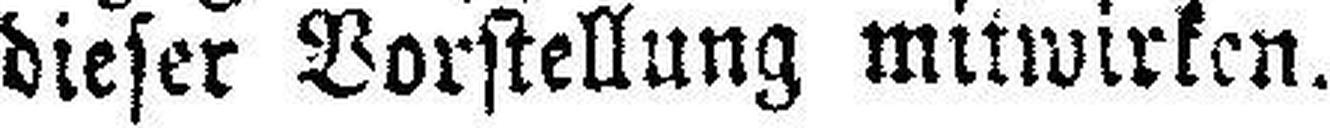
dieser Vorstellung mitwirken.